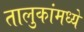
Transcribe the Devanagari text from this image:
तालुकांमध्ये